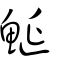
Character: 鯅